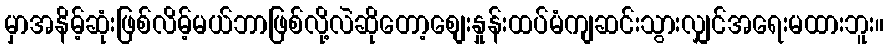
မှာအနိမ့်ဆုံးဖြစ်လိမ့်မယ်ဘာဖြစ်လို့လဲဆိုတော့စျေးနှုန်းထပ်မံကျဆင်းသွားလျှင်အရေးမထားဘူး။